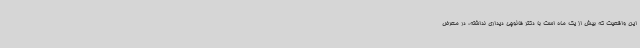
این واقعیت که بیش از یک ماه است با دکتر فائوچی دیداری نداشته، در معرض